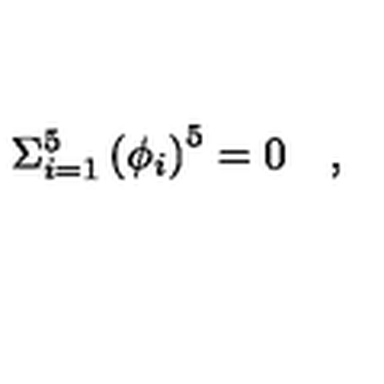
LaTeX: \Sigma _ { i = 1 } ^ { 5 } \left( \phi _ { i } \right) ^ { 5 } = 0 \quad ,